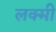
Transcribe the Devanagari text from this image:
लक्मी